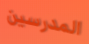
المدرسين